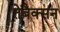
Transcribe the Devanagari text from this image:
तेबैक्सन